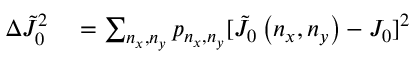
\begin{array} { r l } { \Delta \tilde { J } _ { 0 } ^ { 2 } } & { { } = \sum _ { n _ { x } , n _ { y } } p _ { n _ { x } , n _ { y } } [ \tilde { J } _ { 0 } \left( n _ { x } , n _ { y } \right) - J _ { 0 } ] ^ { 2 } } \end{array}